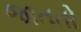
જાતતો